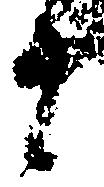
十